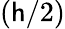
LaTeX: (\mathsf{h}/2)